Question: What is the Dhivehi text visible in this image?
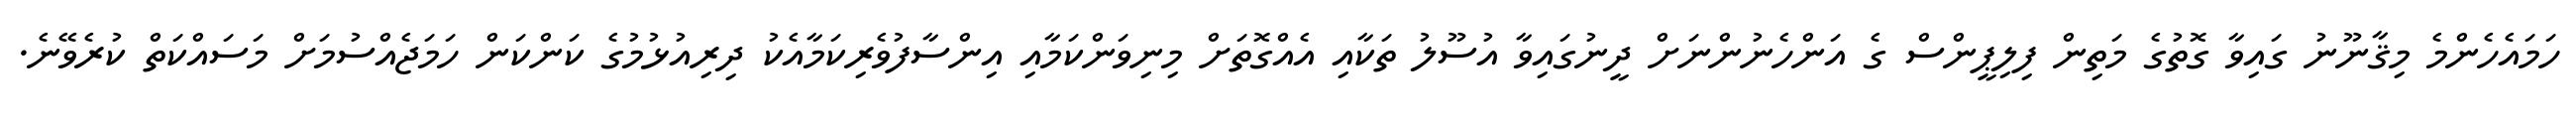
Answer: ހަމައެހެންމެ މިޤާނޫނު ގައިވާ ގޮތުގެ މަތިން ފިލިޕީންސް ގެ އަންހެނުންނަށް ދީނުގައިވާ އުސޫލު ތަކާއި އެއްގޮތަށް މިނިވަންކަމާއި އިންސާފުވެރިކަމާއެކު ދިރިއުޅުމުގެ ކަންކަން ހަމަޖެއްސުމަށް މަސައްކަތް ކުރެވޭނެ.